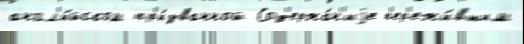
англ'и́йском пр'и́званной Сод'ержа́н'иjе п'ер'ежи́вшим